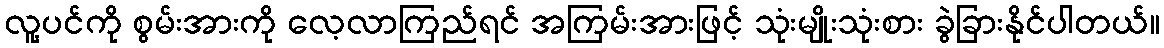
လူ့ပင်ကို စွမ်းအားကို လေ့လာကြည်ရင် အကြမ်းအားဖြင့် သုံးမျိုးသုံးစား ခွဲခြားနိုင်ပါတယ်။